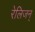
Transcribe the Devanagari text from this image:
रेलिजन्